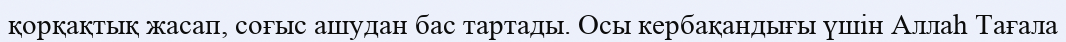
қорқақтық жасап, соғыс ашудан бас тартады. Осы кербақандығы үшін Аллаһ Тағала